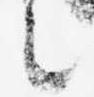
言